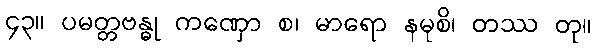
၄၃။ ပမတ္တဗန္ဓု ကဏှော စ၊ မာရော နမုစိ၊ တဿ တု။